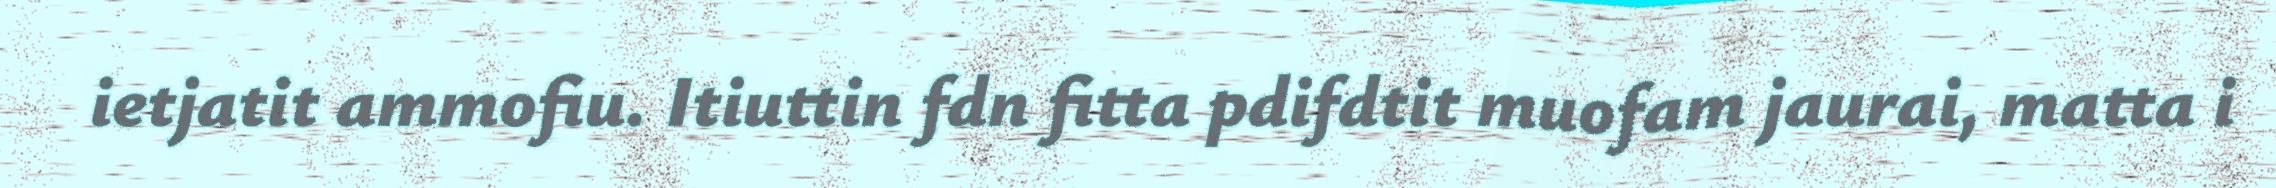
ietjatit ammofiu. Itiuttin fdn fitta pdifdtit muofam jaurai, matta i